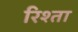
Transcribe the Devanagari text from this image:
रिश्‍ता